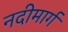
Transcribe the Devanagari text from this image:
नदीमार्ग